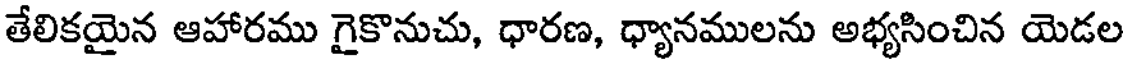
తేలికయైన ఆహారము గైకొనుచు, ధారణ, ధ్యానములను అభ్యసించిన యెడల